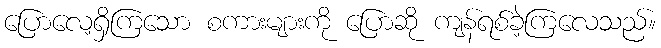
ပြောလေ့ရှိကြသော စကားများကို ပြောဆို ကျန်ရစ်ခဲ့ကြလေသည်။